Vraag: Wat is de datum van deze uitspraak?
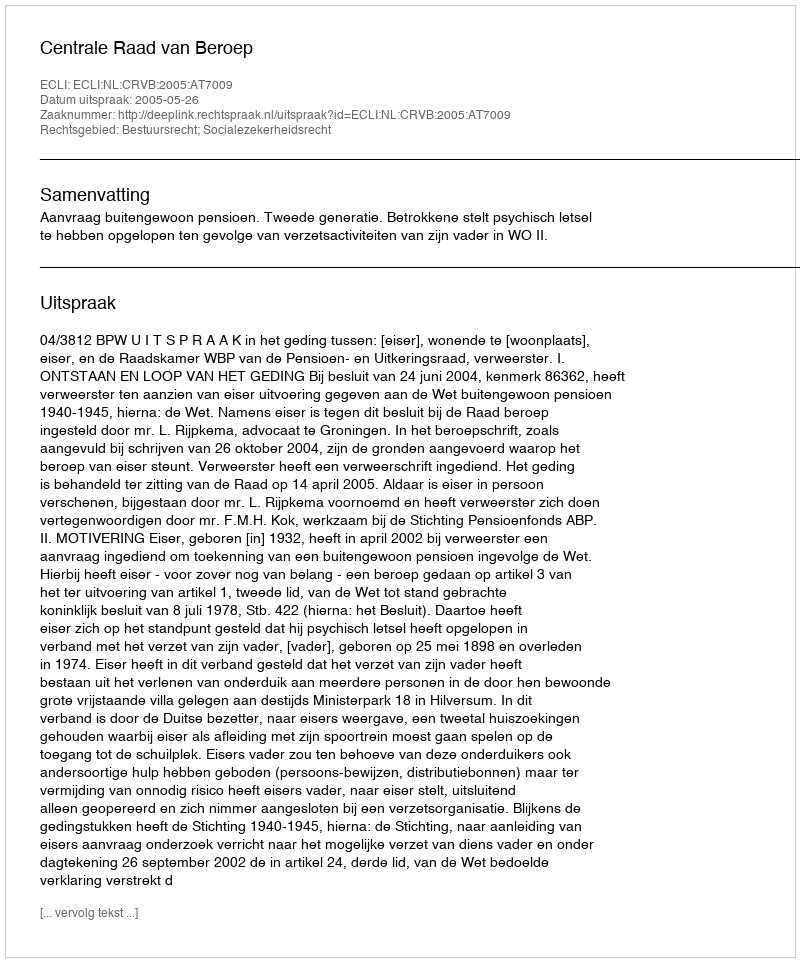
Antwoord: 2005-05-26